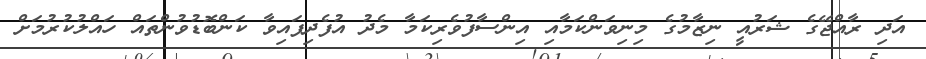
އަދި ރާއްޖޭގެ ޝަރުއީ ނިޒާމުގެ މިނިވަންކަމާއި އިންސާފުވެރިކަމާ މެދު އުފެދިފައިވާ ކަންބޮޑުވުންތައް ހައްލުކުރުމަށް